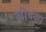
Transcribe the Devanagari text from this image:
खीचकर